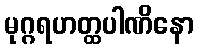
မုဂ္ဂရဟတ္ထပါဏိနော